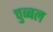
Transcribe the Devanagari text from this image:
चुब्बल